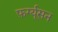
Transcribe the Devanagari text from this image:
फ़र्ग्यूसन